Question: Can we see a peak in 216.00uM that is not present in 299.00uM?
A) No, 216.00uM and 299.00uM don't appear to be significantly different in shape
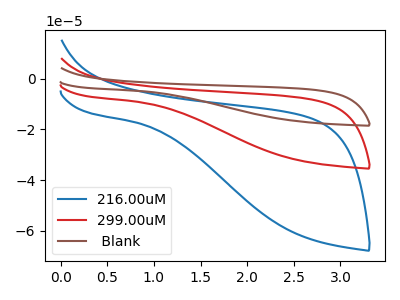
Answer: <think>The blue curve "216.00uM" has no peaks. The red curve "299.00uM" has no peaks. The brown curve " Blank" has no peaks.
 Neither "216.00uM" or "299.00uM" have any peaks.</think>
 <answer>A) No, "216.00uM" and "299.00uM" don't appear to be significantly different in shape</answer>
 <eval>A</eval>